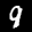
Label: 9